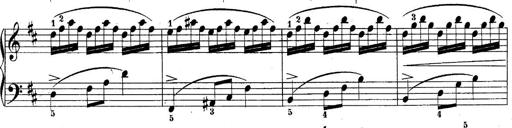
Title: 10 Sonatines progressives
Composer: Anton Schmoll